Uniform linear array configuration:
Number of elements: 8
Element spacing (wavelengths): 1
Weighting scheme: cosine
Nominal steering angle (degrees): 45
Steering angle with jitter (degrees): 46.441
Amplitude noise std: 0.05
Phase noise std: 0.05

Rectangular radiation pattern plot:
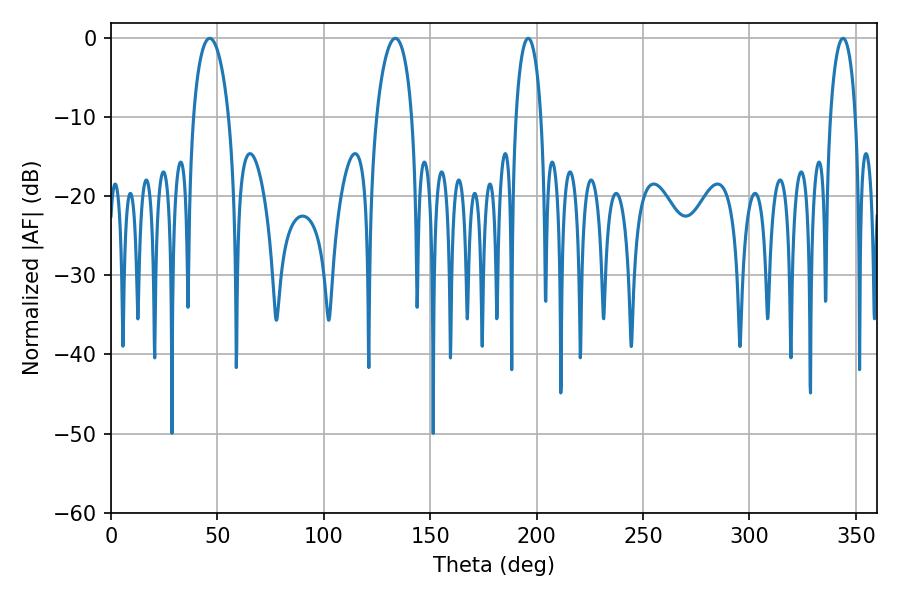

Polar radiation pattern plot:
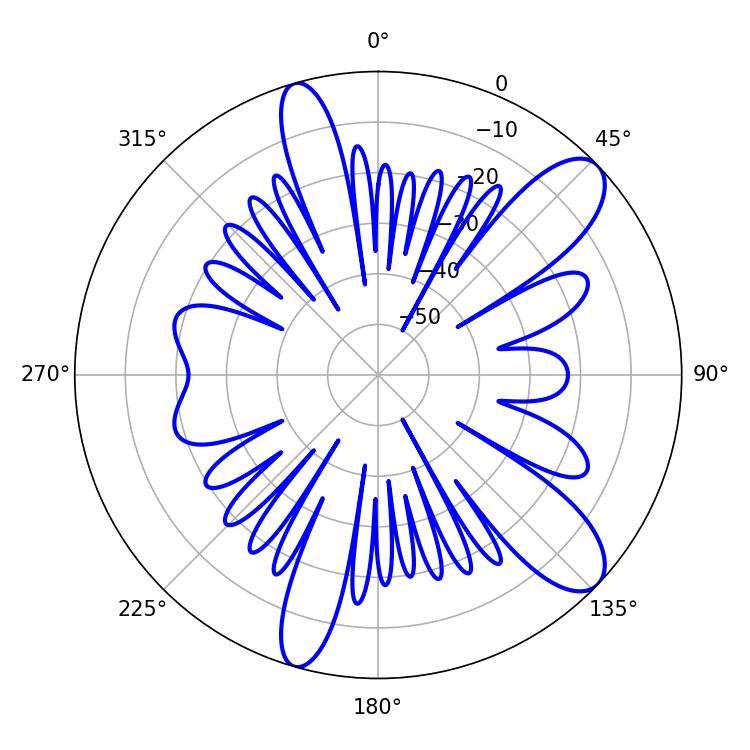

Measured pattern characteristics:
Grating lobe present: TRUE
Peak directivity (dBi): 10.382
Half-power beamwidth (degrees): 6.84
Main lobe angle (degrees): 196.02